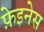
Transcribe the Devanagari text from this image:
फ़ेइनेस